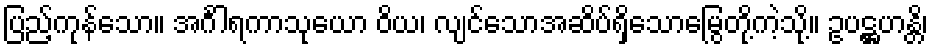
ပြည့်ကုန်သော။ အင်္ဂါရကာသုယော ဝိယ၊ လျင်သောအဆိပ်ရှိသောမြွေတို့ကဲ့သို့။ ဥပဋ္ဌဟန္တိ၊